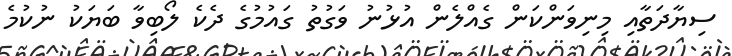
ސިޔާދަތާއި މިނިވަންކަން ގެއްލެން އުޅުނު ވަގުތު ގައުމުގެ ދެކެ ލޯބިވާ ބަޔަކު ނުކުމެ